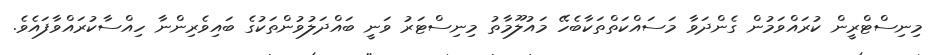
މިނިސްޓްރީން ކުރައްވަމުން ގެންދަވާ މަަސައްކަތްތަކާބެހޭ މައުލޫމާތު މިނިސްޓަރު ވަނީ ބައްދަލުވުންތަކުގެ ބައިވެރިންނާ ހިއްސާކުރައްވާފައެވެ.